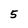
Character: 5